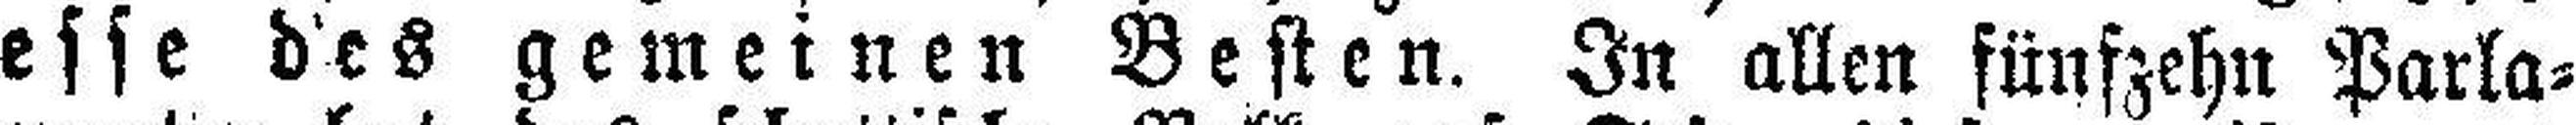
esse des gemeinen Besten. In allen fünfzehn Parla¬